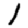
Digit: 1